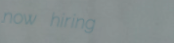
now hiring